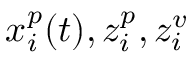
x _ { i } ^ { p } ( t ) , z _ { i } ^ { p } , z _ { i } ^ { v }